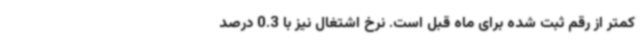
کمتر از رقم ثبت شده برای ماه قبل است. نرخ اشتغال نیز با 0.3 درصد